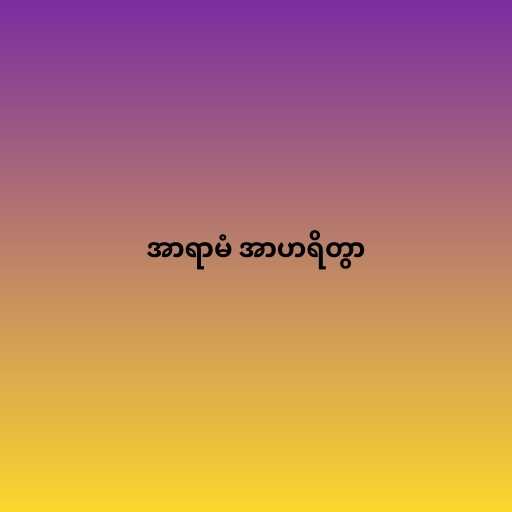
အာရာမံ အာဟရိတွာ